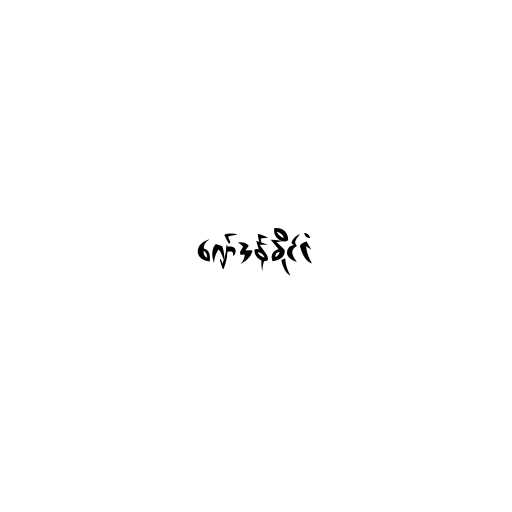
ဂျော်ဒန်နိုင်ငံ